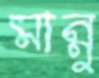
মান্নু